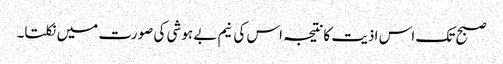
صبح تک اس اذیت کانتیجہ اس کی نیم بے ہوشی کی صورت میں نکلتا۔